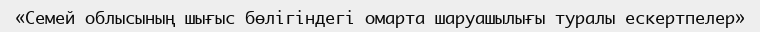
«Семей облысының шығыс бөлігіндегі омарта шаруашылығы туралы ескертпелер»